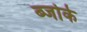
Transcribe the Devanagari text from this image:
ब्जोर्क